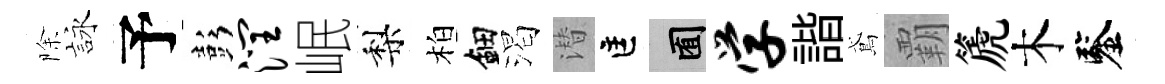
除詠予彭润岷梨柏鈿渴潜匡囿学諧鳶覇篪木鑒